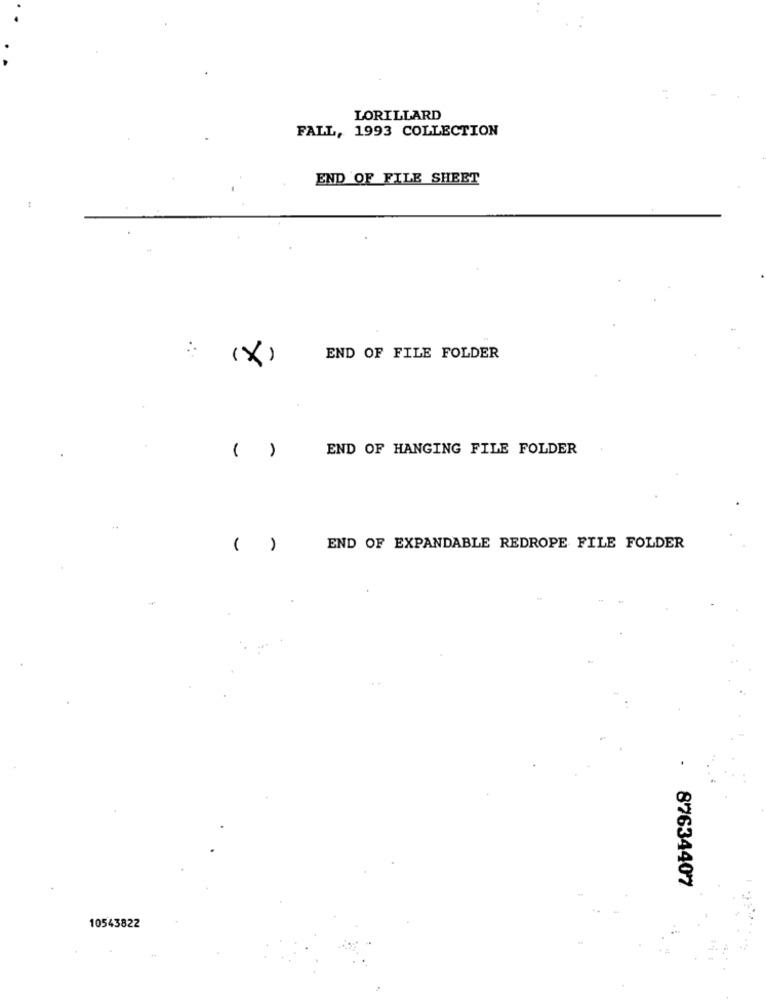
LORILLARD
FALL, 1993 COLLECTION
END OF FILE SHEET
(X)
END OF FILE FOLDER
END OF HANGING FILE FOLDER
( )
( )
END OF EXPANDABLE REDROPE FILE FOLDER
87634407
10543822